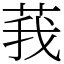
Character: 莪